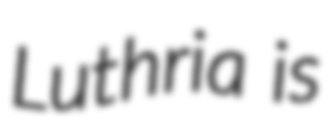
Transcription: Luthria is